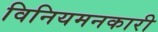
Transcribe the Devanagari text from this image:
विनियमनकारी